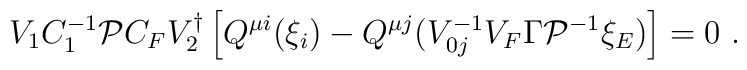
V_1C_1^{-1}{\cal P}C_FV_2^\dagger \left[ Q^{\mu i}(\xi _i)-Q^{\mu j}(V_{0j}^{-1}V_F\Gamma{\cal P}^{-1}\xi _E)\right] =0\ .